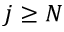
j \geq N